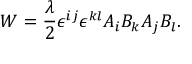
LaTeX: W = \frac { \lambda } { 2 } \epsilon ^ { i j } \epsilon ^ { k l } A _ { i } B _ { k } A _ { j } B _ { l } .